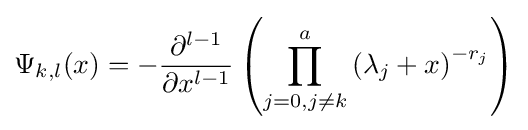
\Psi _{k,l}(x)=-{\frac {\partial ^{l-1}}{\partial x^{l-1}}}\left(\prod _{j=0,j\neq k}^{a}\left(\lambda _{j}+x\right)^{-r_{j}}\right)